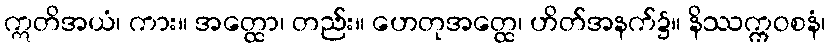
ဣတိအယံ၊ ကား။ အတ္ထော၊ တည်း။ ဟေတုအတ္ထေ၊ ဟိတ်အနက်၌။ နိဿက္ကဝစနံ၊